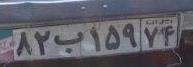
۸۲ب۱۵۹۷۴